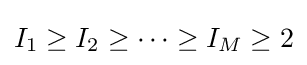
I_{1}\geq I_{2}\geq \cdots \geq I_{M}\geq 2